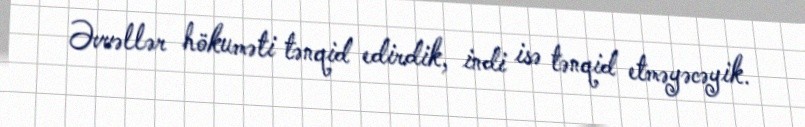
Əvvəllər hökuməti tənqid edirdik, indi isə tənqid etməyəcəyik.